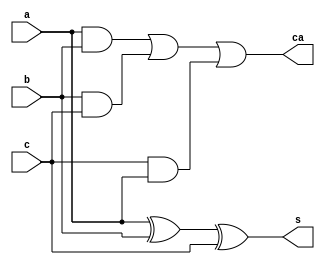
module FA(a, b, c, s, ca);
  // Inputs
  input a, b, c;
  // Outputs
  output s, ca;

  // Full adder assignments
  assign s = (a ^ b ^ c);
  assign ca = ((a & b) | (b & c) | (c & a));
endmodule

module tt_um_array_multiplier_hhrb98 (
    input  wire [7:0] ui_in,     // Dedicated inputs
    output wire [7:0] uo_out,    // Dedicated outputs
    input  wire [7:0] uio_in,    // IOs: Input path
    output wire [7:0] uio_out,   // IOs: Output path
    output wire [7:0] uio_oe,    // IOs: Enable path (active high: 0=input, 1=output)
    input wire        clk,
    input  wire       ena,       // will go high when the design is enabled
    input  wire       rst_n      // reset_n - low to reset
);

  // Inputs wire
  wire [3:0] a, b;
  // Outputs wire
  wire [7:0] p;

  // Assigning values to output wires
  assign uio_out = 8'b11111111;
  assign uio_oe = 8'b11111111;
    
  // Extracting bits from input
  assign a = ui_in[3:0];
  assign b = ui_in[7:4];
 // Here we use uio_in without modifying the output
  wire [7:0] additional_input = uio_in;

  // Wires
  wire [39:0] w;

// Flip flop
reg variable; // Changed to reg type

always @(posedge clk or negedge rst_n) begin  
    if (~rst_n) begin
        // Reset condition: set variable to 0
        variable <= 1'b0; // Changed value to 1-bit
    end else begin
        // Update variable with a value only when ena is high
        if (ena) begin
            variable <= 1'b0; // Assigning 0 to variable when ena is high
        end
    end
end

  // AND gate instantiations
  and a1(w[0], a[0], b[0]);
  and a2(w[1], a[1], b[0]);
  and a3(w[2], a[2], b[0]);
  and a4(w[3], a[3], b[0]);

  and a5(w[4], a[0], b[1]);
  and a6(w[5], a[1], b[1]);
  and a7(w[6], a[2], b[1]);
  and a8(w[7], a[3], b[1]);

  and a9(w[8], a[0], b[2]);
  and a10(w[9], a[1], b[2]);
  and a11(w[10], a[2], b[2]);
  and a12(w[11], a[3], b[2]);

  and a13(w[12], a[0], b[3]);
  and a14(w[13], a[1], b[3]);
  and a15(w[14], a[2], b[3]);
  and a16(w[15], a[3], b[3]);

  assign p[0] = w[0];

  // Full adders instantiations
  FA a17(1'b0, w[1], w[4], w[16], w[17]);
  FA a18(1'b0, w[2], w[5], w[18], w[19]);
  FA a19(1'b0, w[3], w[6], w[20], w[21]);

  FA a20(w[8], w[17], w[18], w[22], w[23]);
  FA a21(w[9], w[19], w[20], w[24], w[25]);
  FA a22(w[10], w[7], w[21], w[26], w[27]);

  FA a23(w[12], w[23], w[24], w[28], w[29]);
  FA a24(w[13], w[25], w[26], w[30], w[31]);
  FA a25(w[14], w[11], w[27], w[32], w[33]);

  FA a26(1'b0, w[29], w[30], w[34], w[35]);
  FA a27(w[31], w[32], w[35], w[36], w[37]);
  FA a28(w[15], w[33], w[37], w[38], w[39]);

  // Output assignments
  assign p[1] = w[16];
  assign p[2] = w[22];
  assign p[3] = w[28];
  assign p[4] = w[34];
  assign p[5] = w[36];
  assign p[6] = w[38];
  assign p[7] = w[39];

  assign uo_out[7:0] = p[7:0];

endmodule